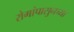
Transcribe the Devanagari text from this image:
रोगांपासुनच्या